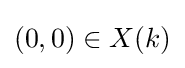
(0,0)\in X(k)